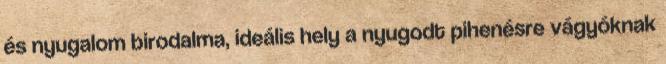
és nyugalom birodalma, ideális hely a nyugodt pihenésre vágyóknak